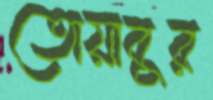
তোয়াবুর